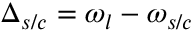
\Delta _ { s / c } = \omega _ { l } - \omega _ { s / c }